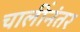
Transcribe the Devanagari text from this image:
चालींनंतर